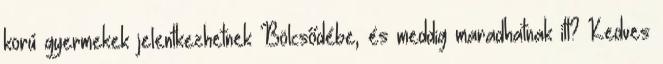
korú gyermekek jelentkezhetnek Bölcsődébe, és meddig maradhatnak itt? Kedves